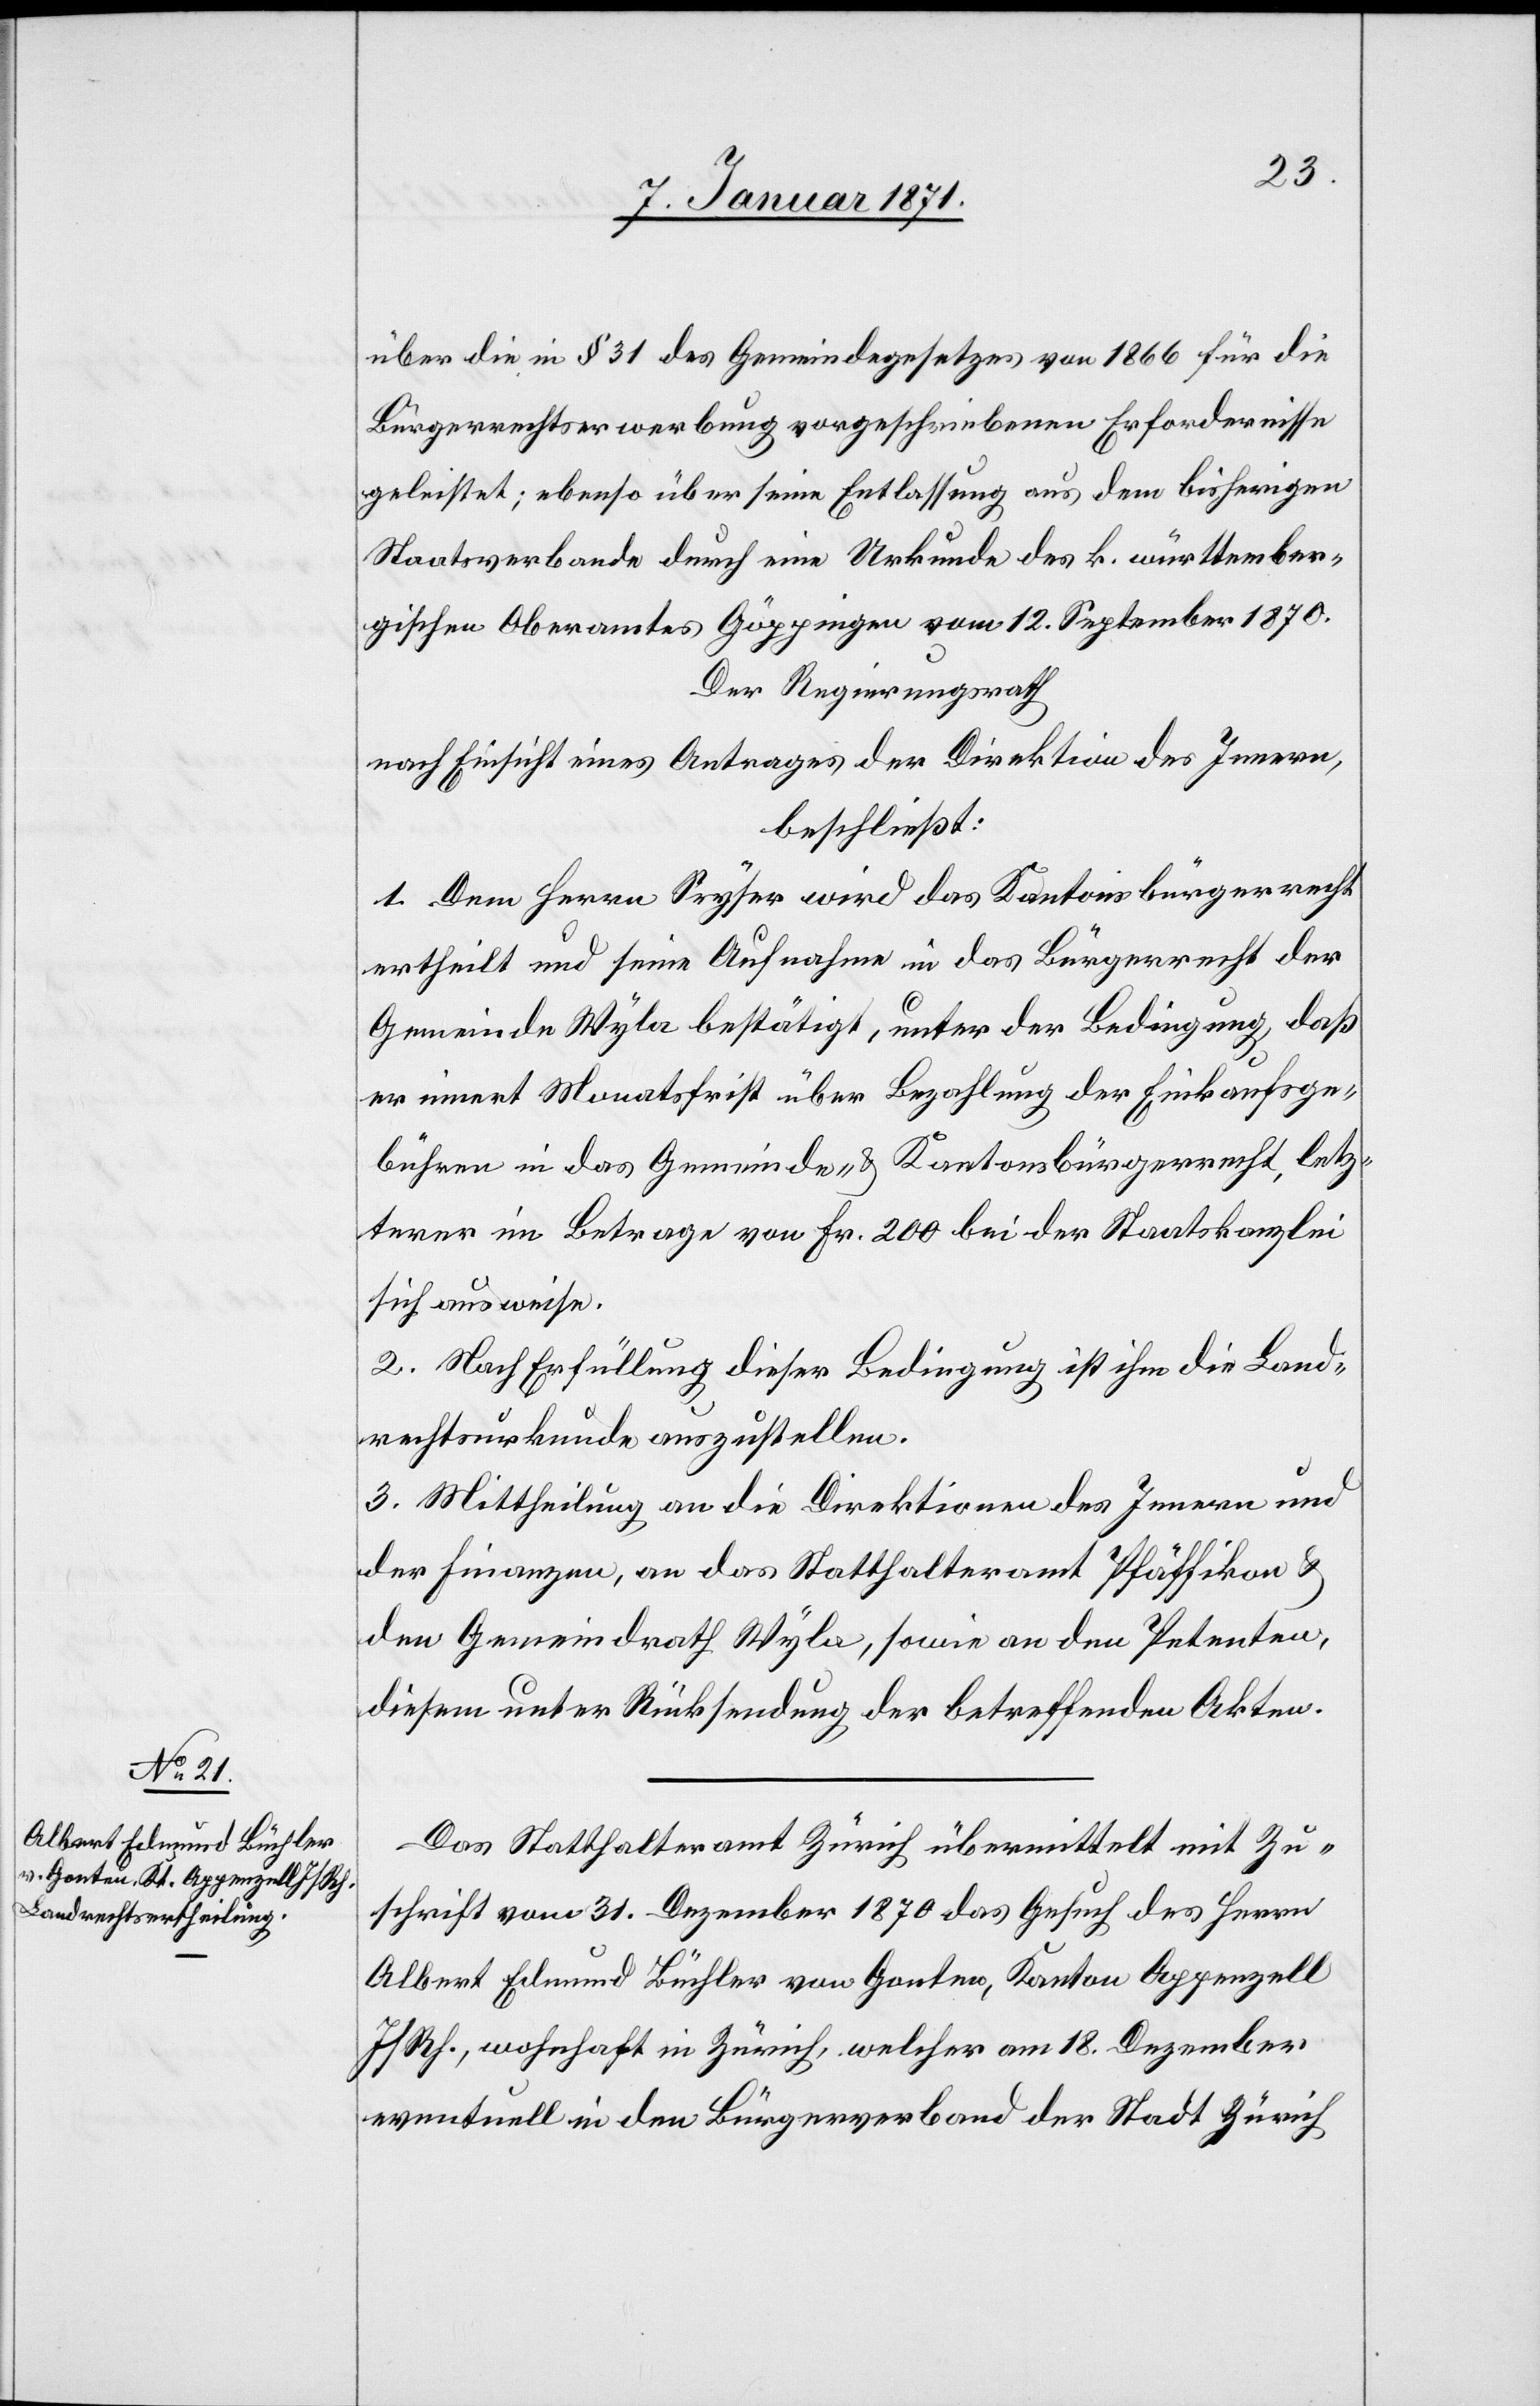
über die in § 31 des Gemeindegesetzes von 1866 für die
Bürgerrechtserwerbung vorgeschriebenen Erfordernisse
geleistet; ebenso über seine Entlassung aus dem bisherigen
Staatsverbande durch eine Urkunde des k. württember¬
gischen Oberamtes Göppingen vom 12. September 1870.
Der Regierungsrath
nach Einsicht eines Antrages der Direktion des Innern,
beschließt:
1. Dem Herrn Seyser wird das Kantonsbürgerrecht
ertheilt und seine Aufnahme in das Bürgerrecht der
Gemeinde Wyla bestätigt, unter der Bedingung, daß
er innert Monatsfrist über Bezahlung der Einkaufsge¬
bühren in das Gemeinde- u. Kantonsbürgerrecht, letz¬
terer im Betrage von Fr. 200 bei der Staatskanzlei
sich ausweise.
2. Nach Erfüllung dieser Bedingung ist ihm die Land¬
rechtsurkunde auszustellen.
3. Mittheilung an die Direktion des Innern und
der Finanzen, an das Statthalteramt Pfäffikon u.
den Gemeindrath Wyla, sowie an den Petenten,
diesem unter Rücksendung der betreffenden Akten.
Das Statthalteramt Zürich übermittelt mit Zu¬
schrift vom 31. Dezember 1870 das Gesuch des Herrn
Albert Edmund Büchler von Gonten, Kanton Appenzell
I/Rh., wohnhaft in Zürich, welcher am 18. Dezember
eventuell in den Bürgerverband der Stadt Zürich